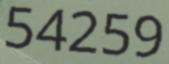
54259